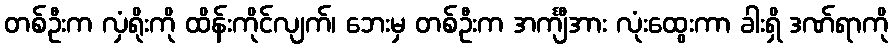
တစ်ဦးက လှံရိုးကို ထိန်းကိုင်လျက်၊ ဘေးမှ တစ်ဦးက အင်္ကျီအား လုံးထွေးကာ ခါးရှိ ဒဏ်ရာကို